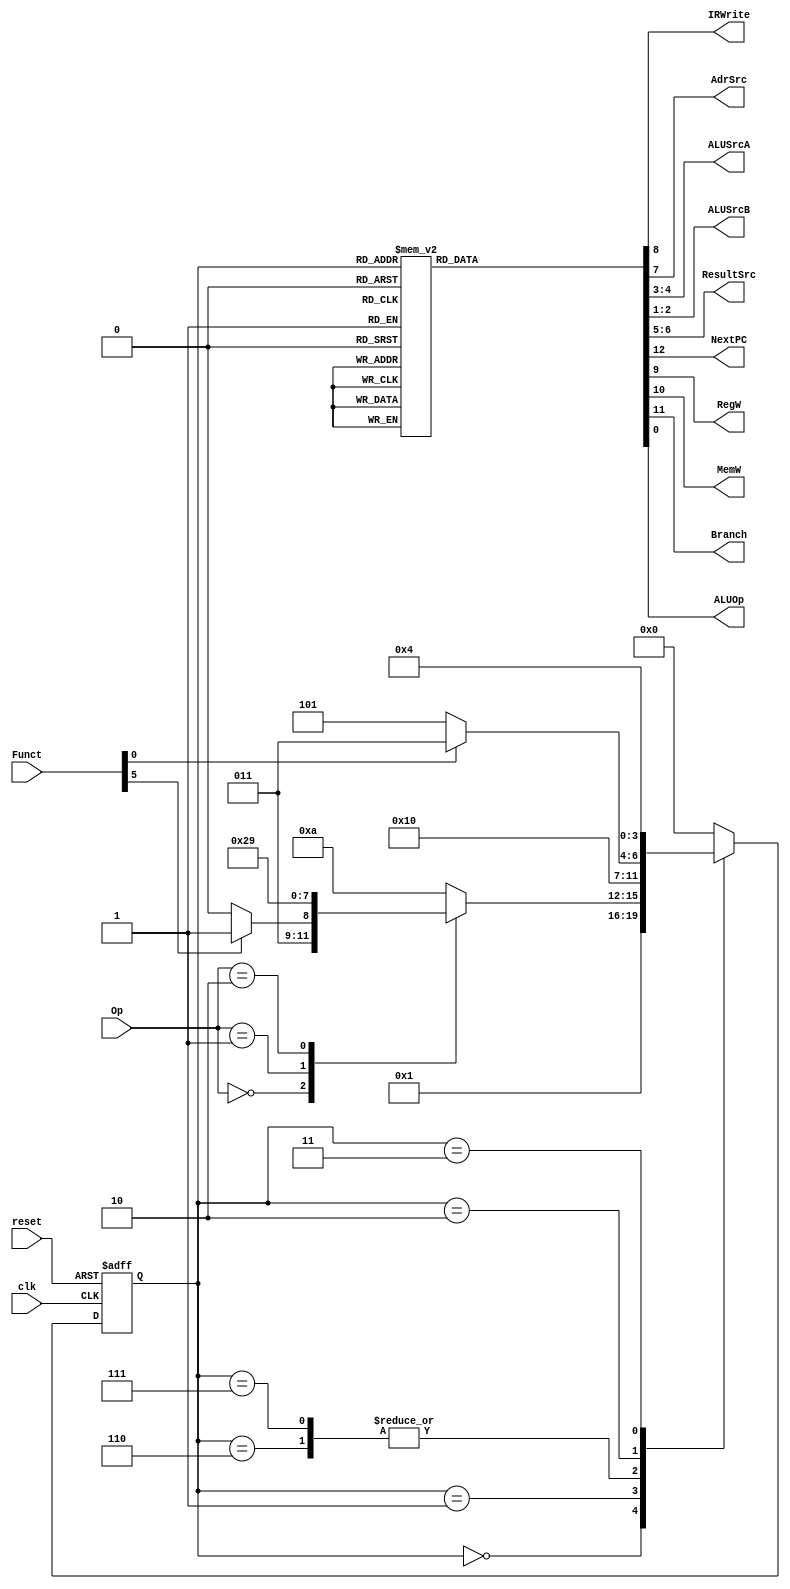
module mainfsm (
	clk,
	reset,
	Op,
	Funct,
	IRWrite,
	AdrSrc,
	ALUSrcA,
	ALUSrcB,
	ResultSrc,
	NextPC,
	RegW,
	MemW,
	Branch,
	ALUOp
);
	input wire clk;
	input wire reset;
	input wire [1:0] Op;
	input wire [5:0] Funct;
	output wire IRWrite;
	output wire AdrSrc;
	output wire [1:0] ALUSrcA;
	output wire [1:0] ALUSrcB;
	output wire [1:0] ResultSrc;
	output wire NextPC;
	output wire RegW;
	output wire MemW;
	output wire Branch;
	output wire ALUOp;
	reg [3:0] state;
	reg [3:0] nextstate;
	reg [12:0] controls;
	localparam [3:0] FETCH = 0;
	localparam [3:0] BRANCH = 9;
	localparam [3:0] DECODE = 1;
	localparam [3:0] EXECUTEI = 7;
	localparam [3:0] EXECUTER = 6;
	localparam [3:0] MEMADR = 2;
	localparam [3:0] UNKNOWN = 10;
	// ADDED: Adicion de estados faltantes:
	localparam [3:0] MEMRD = 3;
	localparam [3:0] MEMWB = 4;
	localparam [3:0] MEMWR = 5;
	localparam [3:0] ALUWB = 8;

	// state register
	always @(posedge clk or posedge reset)
		if (reset)
			state <= FETCH;
		else
			state <= nextstate;
	

	// ADD CODE BELOW
  	// Finish entering the next state logic below.  We've completed the 
  	// first two states, FETCH and DECODE, for you.

  	// next state logic
	always @(*)
		casex (state)
			FETCH: nextstate = DECODE;
			// ADDED: Next state logic completado
			DECODE:
				case (Op)
					2'b00:
						if (Funct[5])
							nextstate = EXECUTEI;
						else
							nextstate = EXECUTER;
					2'b01: nextstate = MEMADR;
					2'b10: nextstate = BRANCH;
					default: nextstate = UNKNOWN;
				endcase
			EXECUTER: nextstate = ALUWB;
			EXECUTEI: nextstate = ALUWB;
			MEMADR:
				if (Funct[0])
					nextstate = MEMRD;
				else
					nextstate = MEMWR;
			MEMRD: nextstate = MEMWB;
			default: nextstate = FETCH; // Incluye: MEMWB, MEMWR, ALUWB y BRANCH
		endcase

	// ADD CODE BELOW
	// Finish entering the output logic below.  We've entered the
	// output logic for the first two states, FETCH and DECODE, for you.

	// state-dependent output logic
	always @(*)
		case (state)
			FETCH: controls = 13'b1000101001100;
			DECODE: controls = 13'b0000001001100;
			// ADDED: Completado usando FSM BIN WORD
			EXECUTER: 	controls = 13'b0000001000001;
			EXECUTEI: 	controls = 13'b0000001000011;
			ALUWB: 		controls = 13'b0001000000011;
			MEMADR: 	controls = 13'b0000001000010;
			MEMWR: 		controls = 13'b0010010000010;
			MEMRD: 		controls = 13'b0000010000010;
			MEMWB: 		controls = 13'b0001010100010;
			BRANCH: 	controls = 13'b0100001010010;
			default: 	controls = 13'bxxxxxxxxxxxxx;
		endcase
	assign {NextPC, Branch, MemW, RegW, IRWrite, AdrSrc, ResultSrc, ALUSrcA, ALUSrcB, ALUOp} = controls;
endmodule